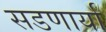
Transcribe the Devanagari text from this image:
सडणार्या